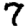
Digit: 7